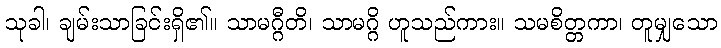
သုခါ၊ ချမ်းသာခြင်းရှိ၏။ သာမဂ္ဂီတိ၊ သာမဂ္ဂိ ဟူသည်ကား။ သမစိတ္တကာ၊ တူမျှသော